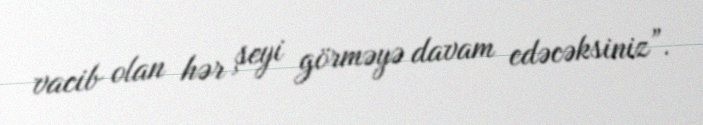
vacib olan hər şeyi görməyə davam edəcəksiniz”.